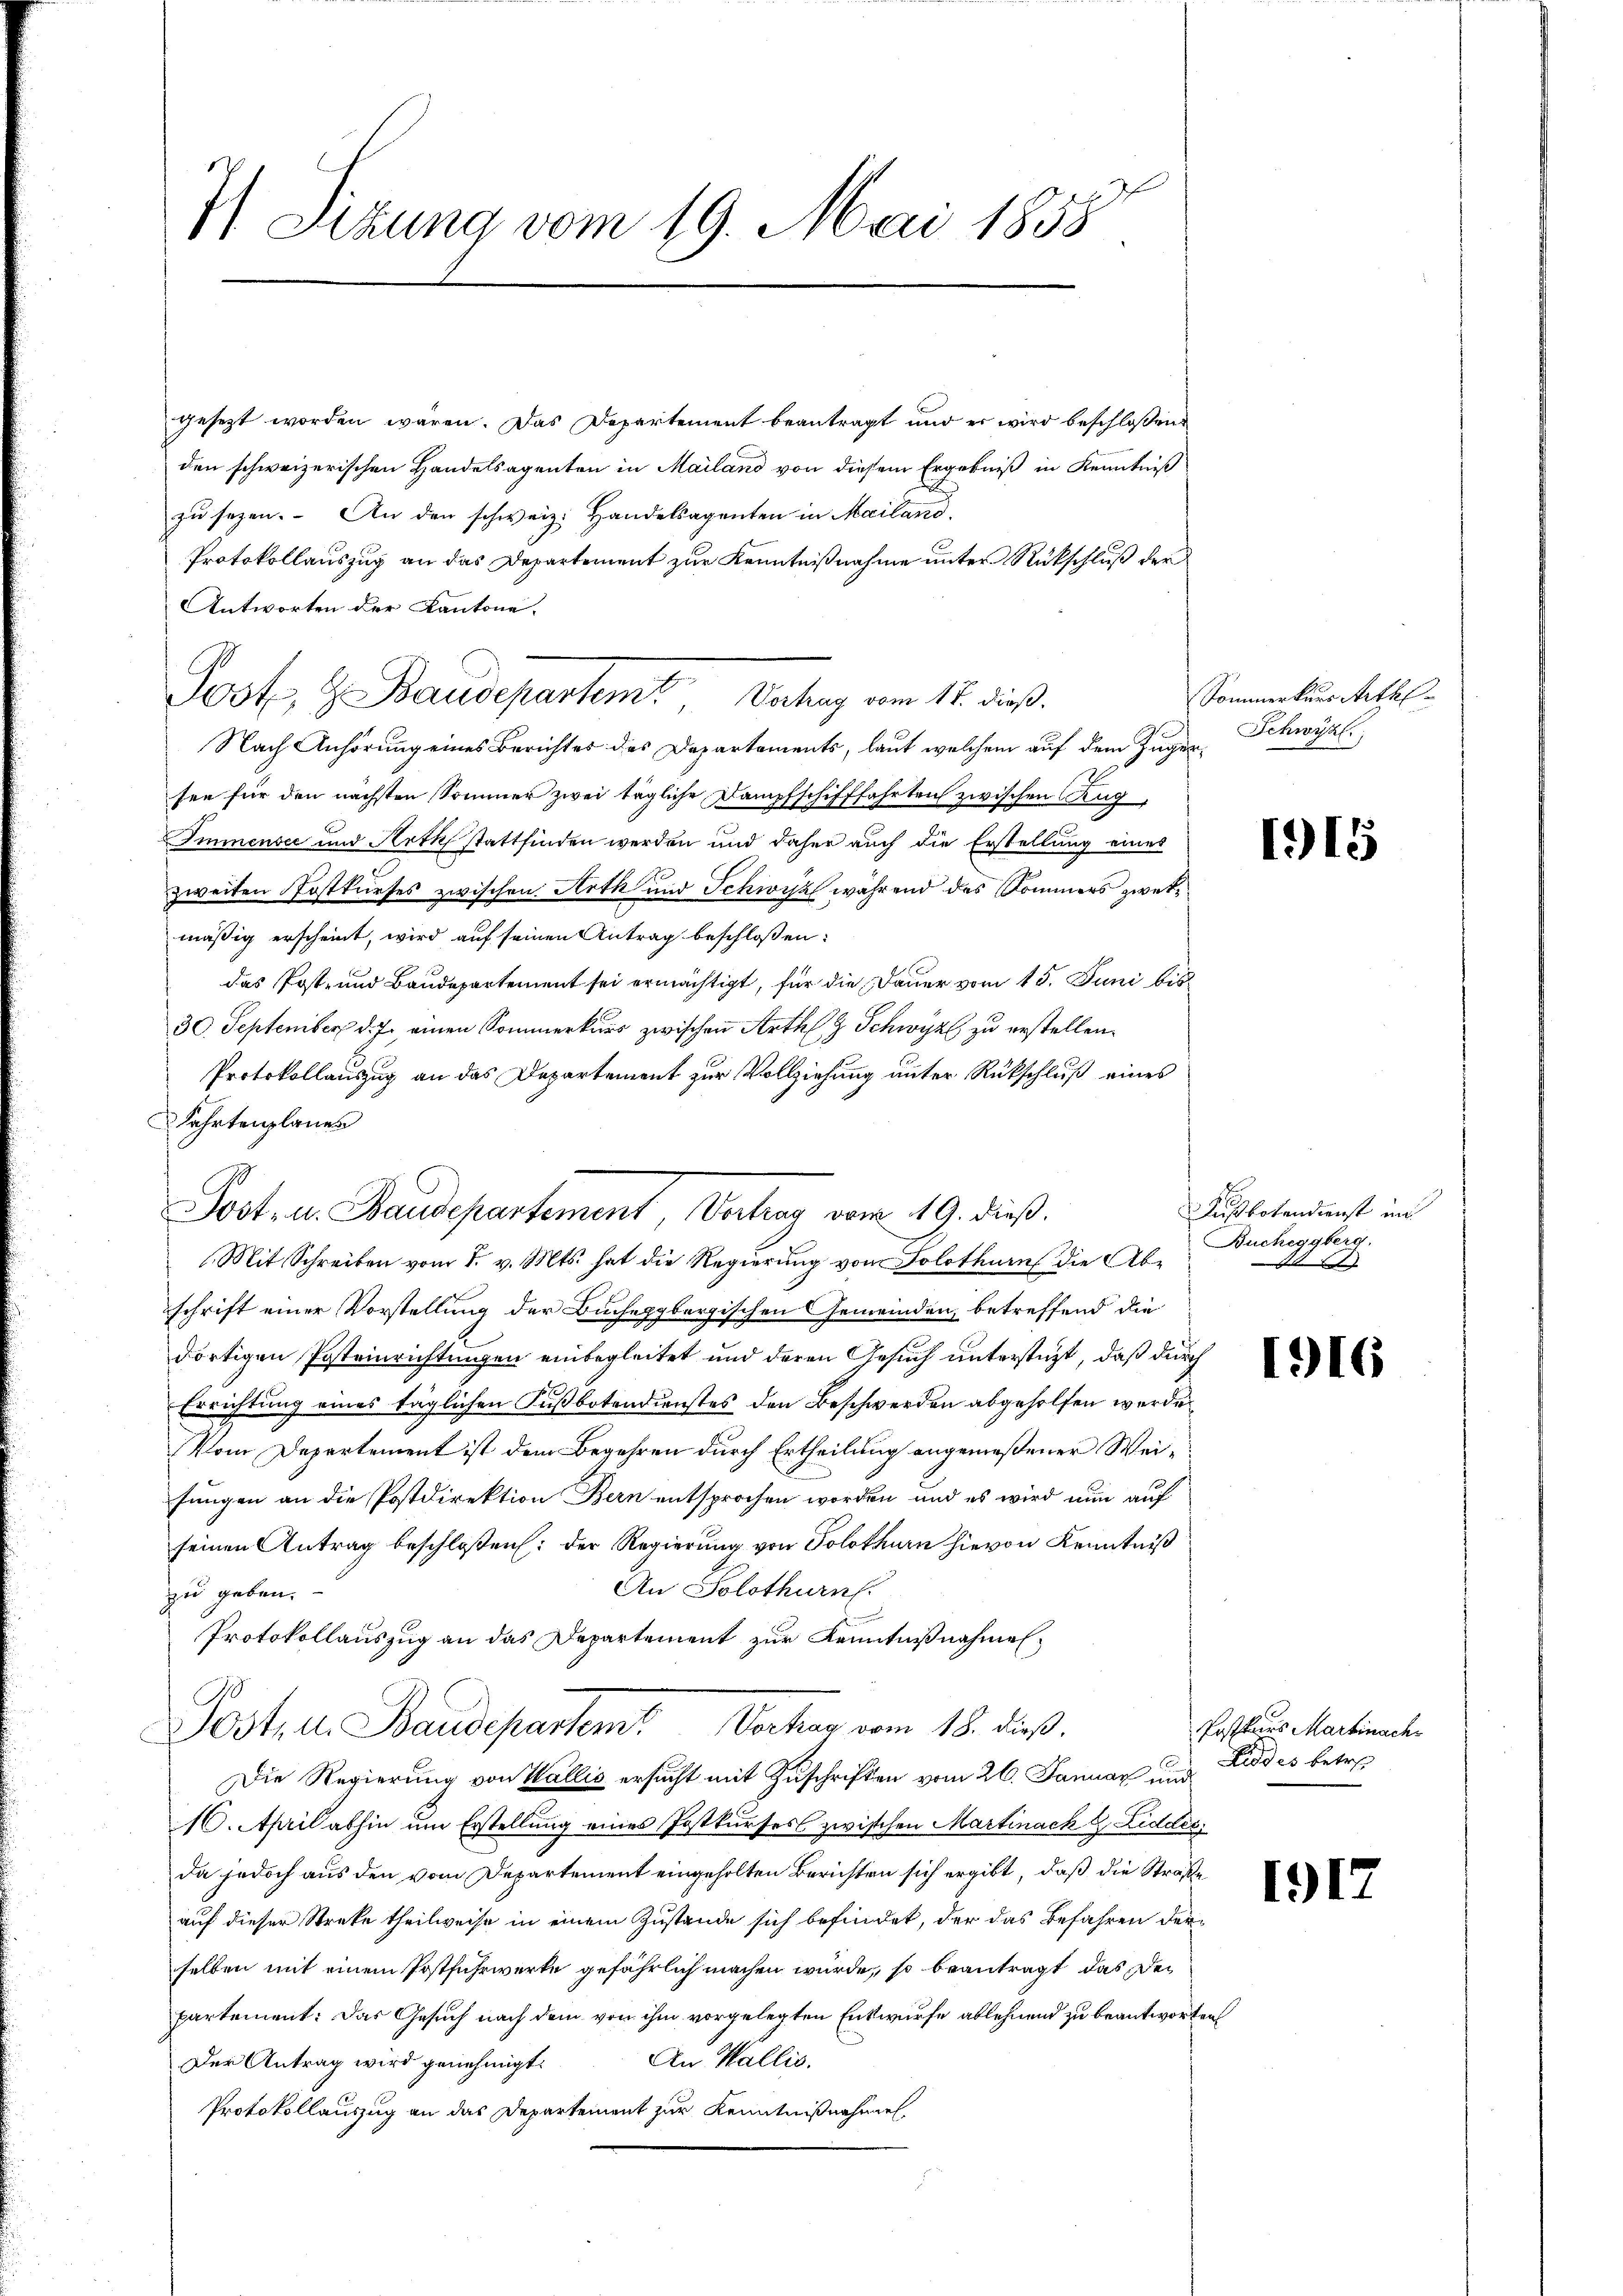
7) Sizung vom 19. Mai 1858.

gesezt worden wären. Das Departement beantragt und er wird beschlossen
den schweizerischen Handelsagenten in Mailand von diesem Ergebniß in Kenntniß
zu sezen. An den schweiz. Handelsagenten in Mailand,
Protokollauszug an das Departement zur Kenntnißnahme unter Rückschluß der
Antworten der Kantone.
Nach Anhörung eines Berichtes des Departements, laut welchem auf dem Zugersen für den nächsten Sommer zwei tägliche Dampfschifffahrten zwischen Aug
Immensee und Arth stattfinden werden und daher auch die Erstellung eines
zweiten Postkurses zwischen Arth und Schwisz während das Sommers zwekmäßig erscheint, wird auf seinen Antrag beschlossen:
das Post- und Baudepartement sei ermächtigt, für die Dauer vom 15. Juni bis
30. September d. J. einen Sommerkurs zwischen Arth Schwyz zu erstellen.
Protokollauszug an das Departement zur Vollziehung unter Rückschluß eines
Fahrtenplanes
Post, u. Baudepartement Vertrag vom 19. dieß.
Mit Schreiben vom 1. v. Mts. hat die Regierung vom Solothurn die Ab-
schrift einer Vorstellung der Bucheggbergischen Gemeinden, betreffend die
dortigen Posteinrichtungen einbegleitet und deren Gesuch unterstüzt, daß durch
Errichtung eines täglichen Fußbotendienstes den Beschwerden abgeholfen werde.
Vom Departement ist dem Begehren durch Ertheilung angemeßener Weifungen an die Postdirektion Bern entsprochen worden und es wird nun auf
seinen Antrag beschloßen: der Regierung von Solothurn hievon Kenntniß
An Solothurn.
zu geben.
Protokollauszug an das Departement zur Kenntnißnahmen
Post, u. Baudepartem Vorker vom 18. dieß.
Die Regierung von Wallis ersucht mit Zuschriften vom 26. Januar und
10. April abhin um Erstellung eines Postkurses zwischen Martinach & Liddic
da jedoch aus den vom Departement eingeholten Berichten sich ergibt, daß die Straße
auf dieser Streke theilweise in einem Zustande sich befindet, der das Befahren derselben mit einem Postfuhrwerke gefährlich machen würde, so beantragt, das Dei
partement: Das Gesuch nach dem von ihm vorgelegten Entwurfe ablehnend zu beantworten
An Wallis.
Der Antrag wird genehmigt.
Protokollauszug an das Departement zur Kenntnißnahmen,

Joot, z. Baudepartem Dachung vom 12. dieß.

Sommerkurs Arthl
Schwyz,

1915

Fußbotendienst in
Bucheggberg.
t

1916

Posttaus Martinach
ides betre

117